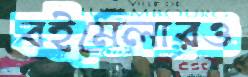
বইমেলারও